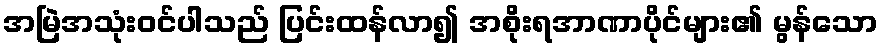
အမြဲအသုံးဝင်ပါသည် ပြင်းထန်လာ၍ အစိုးရအာဏာပိုင်များ၏ မွန်သော